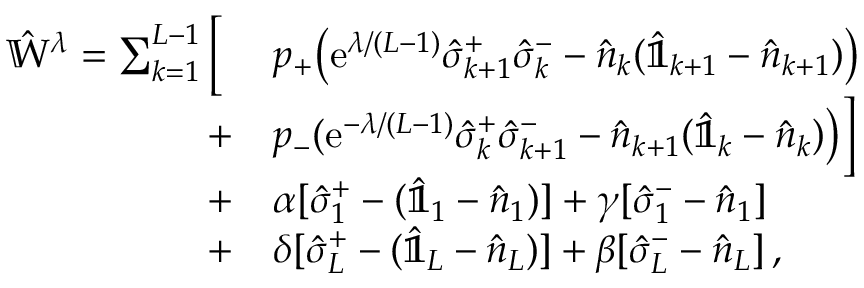
\begin{array} { r l } { \hat { \mathbb { W } } ^ { \lambda } = \sum _ { k = 1 } ^ { L - 1 } \Big [ \; } & { p _ { + } \big ( \mathrm { e } ^ { \lambda / ( L - 1 ) } \hat { \sigma } _ { k + 1 } ^ { + } \hat { \sigma } _ { k } ^ { - } - \hat { n } _ { k } ( \hat { \mathbb { 1 } } _ { k + 1 } - \hat { n } _ { k + 1 } ) \big ) } \\ { + } & { p _ { - } ( \mathrm { e } ^ { - \lambda / ( L - 1 ) } \hat { \sigma } _ { k } ^ { + } \hat { \sigma } _ { k + 1 } ^ { - } - \hat { n } _ { k + 1 } ( \hat { \mathbb { 1 } } _ { k } - \hat { n } _ { k } ) \big ) \Big ] } \\ { + } & { \alpha [ \hat { \sigma } _ { 1 } ^ { + } - ( \hat { \mathbb { 1 } } _ { 1 } - \hat { n } _ { 1 } ) ] + \gamma [ \hat { \sigma } _ { 1 } ^ { - } - \hat { n } _ { 1 } ] } \\ { + } & { \delta [ \hat { \sigma } _ { L } ^ { + } - ( \hat { \mathbb { 1 } } _ { L } - \hat { n } _ { L } ) ] + \beta [ \hat { \sigma } _ { L } ^ { - } - \hat { n } _ { L } ] \, , } \end{array}